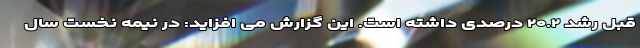
قبل رشد ۲۰.۲ درصدی داشته است. این گزارش می افزاید: در نیمه نخست سال